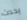
يحدث